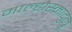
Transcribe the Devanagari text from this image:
माल्होस्मादुलू